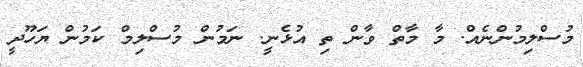
މުސްލިމުންނެއް. މާ މާތް ވާން ތި އުޅެނީ. ނަމުން މުސްލިމް ކަމުން ޔަހޫދީ